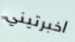
اخبرتيني